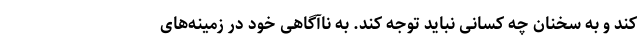
کند و به سخنان چه کسانی نباید توجه کند. به ناآگاهی خود در زمینه‌های